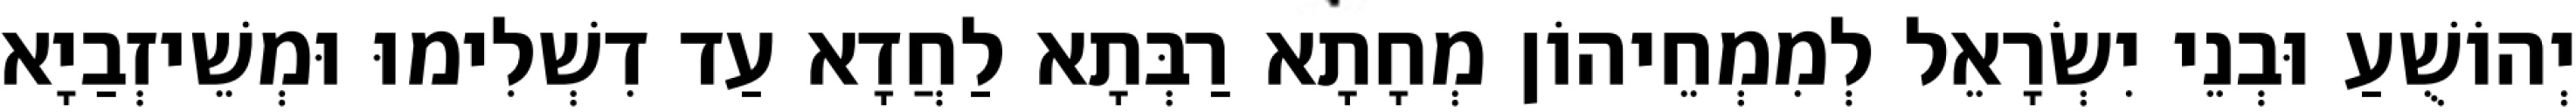
יְהוֹשֻׁעַ וּבְנֵי יִשְׂרָאֵל לְמִמְחֵיהוֹן מְחָתָא רַבְּתָא לַחֲדָא עַד דִשְׁלִימוּ וּמְשֵׁיזְבַיָא